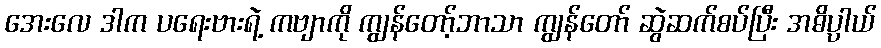
အေးလေ ဒါက ပရေးဗားရဲ့ ကဗျာကို ကျွန်တော့်ဘာသာ ကျွန်တော် ဆွဲဆက်စပ်ပြီး အဓိပ္ပာယ်